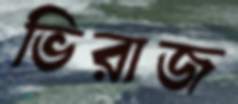
ভিরাজ